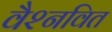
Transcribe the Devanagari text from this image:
वैश्नवित